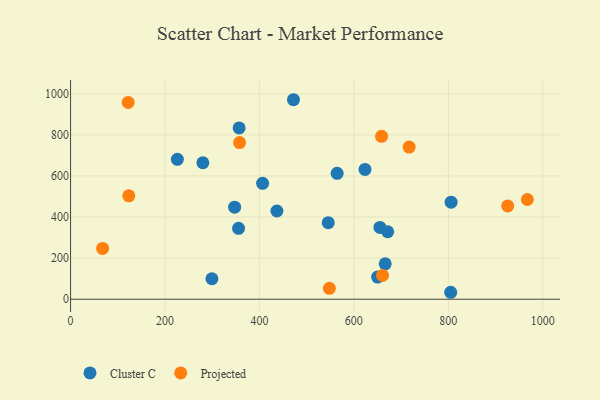
{"axis": {"x": "Study Hours", "y": "Exam Score"}, "legend": ["Cluster C", "Projected"], "data": [{"x": "406.7", "y": 564.1, "type": "Cluster C"}, {"x": "650.3", "y": 107.8, "type": "Cluster C"}, {"x": "666.4", "y": 172.4, "type": "Cluster C"}, {"x": "347.5", "y": 448.0, "type": "Cluster C"}, {"x": "299.4", "y": 99.7, "type": "Cluster C"}, {"x": "226.2", "y": 681.2, "type": "Cluster C"}, {"x": "437.0", "y": 429.5, "type": "Cluster C"}, {"x": "357.0", "y": 834.0, "type": "Cluster C"}, {"x": "280.2", "y": 664.2, "type": "Cluster C"}, {"x": "805.1", "y": 33.8, "type": "Cluster C"}, {"x": "623.6", "y": 631.8, "type": "Cluster C"}, {"x": "545.7", "y": 372.7, "type": "Cluster C"}, {"x": "671.7", "y": 328.4, "type": "Cluster C"}, {"x": "472.1", "y": 971.1, "type": "Cluster C"}, {"x": "355.8", "y": 345.1, "type": "Cluster C"}, {"x": "564.6", "y": 612.6, "type": "Cluster C"}, {"x": "655.2", "y": 349.3, "type": "Cluster C"}, {"x": "806.0", "y": 472.4, "type": "Cluster C"}, {"x": "717.1", "y": 740.4, "type": "Projected"}, {"x": "925.8", "y": 454.0, "type": "Projected"}, {"x": "123.3", "y": 503.3, "type": "Projected"}, {"x": "122.0", "y": 957.9, "type": "Projected"}, {"x": "660.7", "y": 115.9, "type": "Projected"}, {"x": "658.7", "y": 793.0, "type": "Projected"}, {"x": "357.9", "y": 762.5, "type": "Projected"}, {"x": "67.9", "y": 247.2, "type": "Projected"}, {"x": "548.1", "y": 53.1, "type": "Projected"}, {"x": "967.5", "y": 485.5, "type": "Projected"}]}